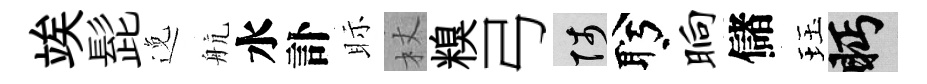
竢髭𨓜航水訃眎杖糗弓陟盻晌儲珏眄